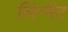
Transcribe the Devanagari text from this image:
लिग्नेंट